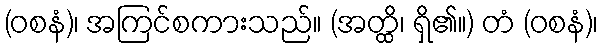
(ဝစနံ)၊ အကြင်စကားသည်။ (အတ္ထိ၊ ရှိ၏။) တံ (ဝစနံ)၊